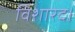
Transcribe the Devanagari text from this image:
विशारद।